Civil Veterinary Dept. North-West Frontier Province 1923-32 - 1923-1932
Year: 1923
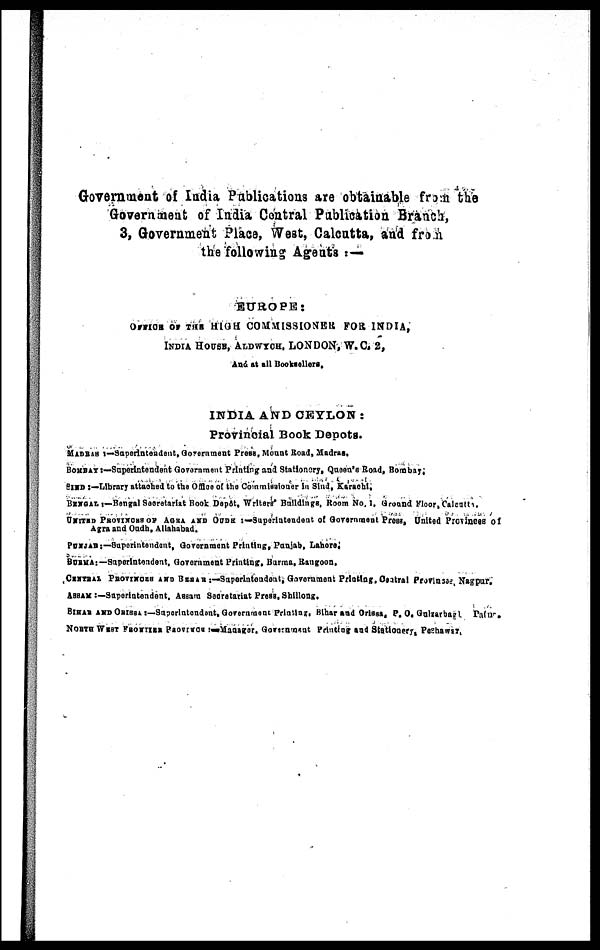
Government of India Publications are obtainable from the
Government of India Central Publication Branch,
3, Government Place, West, Calcutta, and from
the following Agents:—
EUROPE:
OFFICE OF THE HIGH COMMISSIONER FOR INDIA,
INDIA HOUSE, ALDWYCH, LONDON, W. C. 2,
And at all Booksellers.
INDIA AND CEYLON:
Provincial Book Depots.
MADRAS:—Superintendent, Government Press, Mount Road, Madras.
BOMBAY:—Superintendent Government Printing and Stationery, Queen's Road, Bombay.
SIND:—Library attached to the Office of the Commissioner in Sind, Karachi.
BENGAL:—Bengal Secretariat Book Depôt, Writers Buildings, Room No. 1, Ground Floor, Calcutta.
UNITED PROVINCES OF AGRA AND OUDH :—Superintendent of Government Press, United Provinces of
Agra and Oudh, Allahabad.
PUNJAB:—Superintendent, Government Printing, Punjab, Lahore.
BURMA:—Superintendent, Government Printing, Burma, Rangoon.
CENTRAL PROVINCES AND BERAR :—Superintendent, Government Printing, Central Provinces, Nagpur.
ASSAM:—Superintendent, Assam Secretariat Press, Shillong,
BIHAR AND ORISSA :—Superintendent, Government Printing, Bihar and Orissa, P. O. Gulzarbagh Patna.
NORTH WEST FRONTIER PROVINCE :—Manager, Government Printing and Stationery, Peshawar.